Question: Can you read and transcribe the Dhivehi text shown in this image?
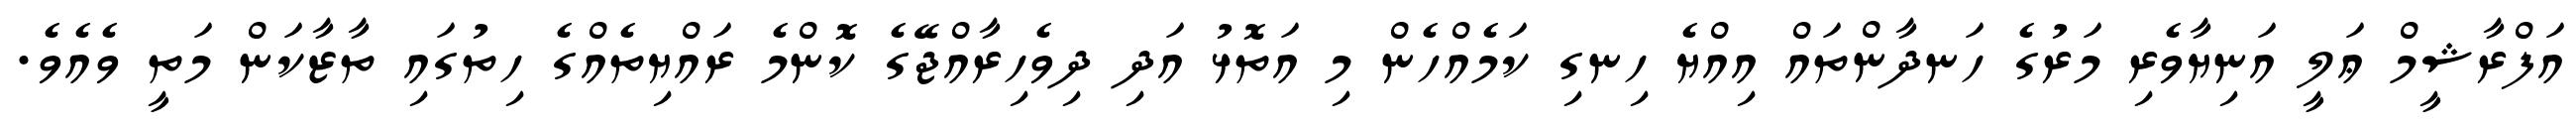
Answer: އަފްރާޝީމް ޢަލީ އަނިޔާވެރި މަރުގެ ހަނދާންތައް އިއްޔެ ހިނގި ކަމެއްހެން މި އަތޮޅު އަދި ދިވެހިރާއްޖޭގެ ކޮންމެ ރައްޔިތެއްގެ ހިތުގައި ތާޒާކަން މަތީ ވެއެވެ.